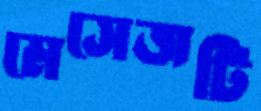
মেসেজটি